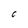
Character: C